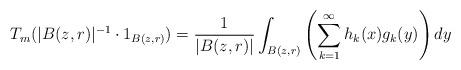
LaTeX: \begin{align*}T_m(|B(z,r)|^{-1}\cdot 1_{B(z,r)}) =\frac{1}{|B(z,r)|}\int_{B(z,r)}\left(\sum_{k=1}^{\infty}h_k(x)g_k(y)\right)dy\end{align*}